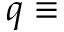
q \equiv